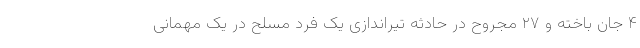
۴ جان باخته و ۲۷ مجروح در حادثه تیراندازی یک فرد مسلح در یک مهمانی